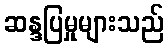
ဆန္ဒပြမှုများသည်